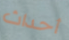
أحداث